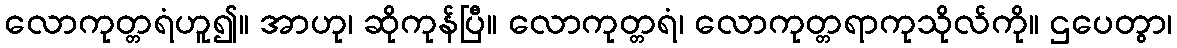
လောကုတ္တရံဟူ၍။ အာဟု၊ ဆိုကုန်ပြီ။ လောကုတ္တရံ၊ လောကုတ္တရာကုသိုလ်ကို။ ဌပေတွာ၊